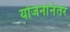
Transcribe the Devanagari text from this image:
योजनांनंतर